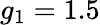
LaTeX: g_{1}=1.5